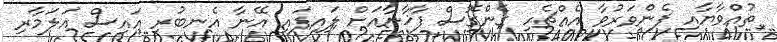
ތުއްވާޔާއި ފެންވަރުވާ އެއްޗެހި ގެންގޮސް ފާޚާނާއަށް ލައިފައި އޭނާ އެނބުރި އައިސް އަލަމާރި